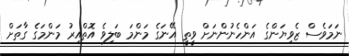
ނަމަވެސް ޒެވިޔަންގެ އަންހެނުންނަށް ވީތީ އޭނަގެ މަންމަ ބަލިވެ އޮތްއިރު މަންމަގެ ގާތަށް